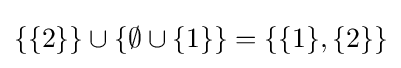
\{\{2\}\}\cup \{\emptyset \cup \{1\}\}=\{\{1\},\{2\}\}